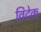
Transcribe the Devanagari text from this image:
विटेक